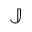
\mathbb { J }